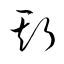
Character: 斯